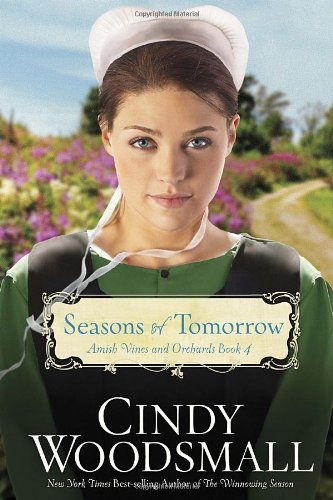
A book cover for Seasons of Tomorrow: Book Four in the Amish Vines and Orchards Series; Cindy Woodsmall; Romance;